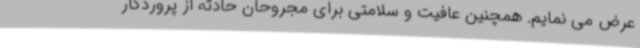
عرض می نمایم. همچنین عافیت و سلامتی برای مجروحان حادثه از پروردگار